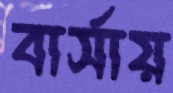
বার্সায়